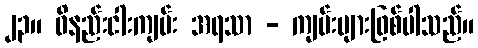
၂၃။ ဝိနည်းငါးကျမ်း အရသာ - ကျမ်းများဖြစ်ပါသည်။